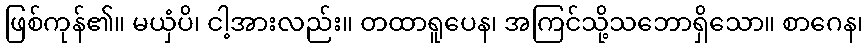
ဖြစ်ကုန်၏။ မယှံပိ၊ ငါ့အားလည်း။ တထာရူပေန၊ အကြင်သို့သဘောရှိသော။ စာဂေန၊